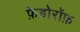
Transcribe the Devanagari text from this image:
फ़ेडोरॉफ़